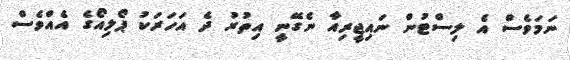
ނަމަވެސް އެ ލިސްޓުން ނައިޖީރިއާ ނެގޭނީ އިތުރު ދެ އަހަރަކު ޕޯލިއޯގެ އެއްވެސް